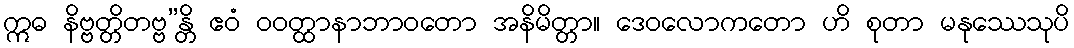
ဣဓ နိဗ္ဗတ္တိတဗ္ဗ”န္တိ ဧဝံ ဝဝတ္ထာနာဘာဝတော အနိမိတ္တာ။ ဒေဝလောကတော ဟိ စုတာ မနုဿေသုပိ